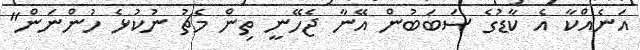
އަނެއްކާ އެ ކާޑުގެ ސަބަބުން އޭނާ ޖެހޭނީ ތިން މެޗު ނުކުޅެ ހުންނަން"